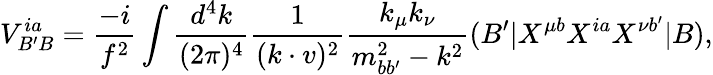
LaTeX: V_{B^{\prime}B}^{ia}=\frac{-i}{f^{2}}\int\frac{d^{4}k}{(2\pi)^{4}}\frac{1}{(k\cdot v)^{2}}\frac{k_{\mu}k_{\nu}}{m_{bb^{\prime}}^{2}-k^{2}}(B^{\prime}|X^{\mu b}X^{ia}X^{\nu b^{\prime}}|B),